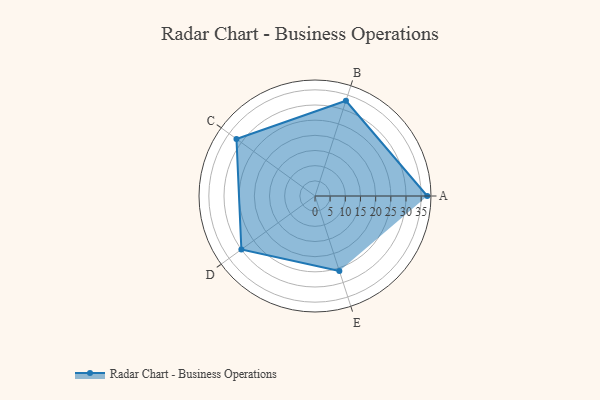
{"axis": {"x": "Skill", "y": "Score"}, "legend": ["Profile"], "data": [{"x": "A", "y": 37.0, "type": "Profile"}, {"x": "B", "y": 33.0, "type": "Profile"}, {"x": "C", "y": 32.0, "type": "Profile"}, {"x": "D", "y": 30.0, "type": "Profile"}, {"x": "E", "y": 26.0, "type": "Profile"}]}